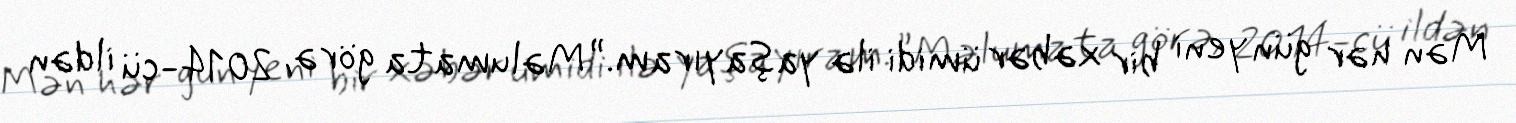
Mən hər gün yeni bir xəbər ümidi ilə yaşayıram.” Məlumata görə, 2014-cü ildən